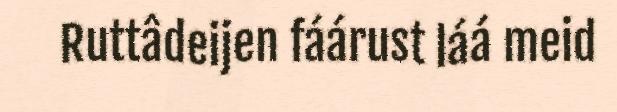
Ruttâdeijen fáárust láá meid